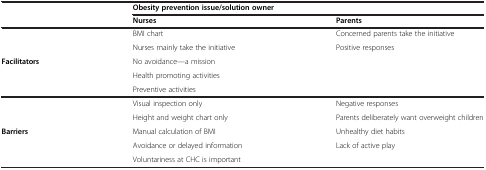
<table><thead><tr><td><b> </b></td><td colspan="2"><b>Obesity prevention issue/solution owner</b></td></tr><tr><td><b> </b></td><td><b>Nurses</b></td><td><b>Parents</b></td></tr></thead><tbody><tr><td rowspan="2"> </td><td>BMI chart</td><td>Concerned parents take the initiative</td></tr><tr><td>Nurses mainly take the initiative</td><td>Positive responses</td></tr><tr><td><b>Facilitators</b></td><td>No avoidance—a mission</td><td> </td></tr><tr><td rowspan="2"> </td><td>Health promoting activities</td><td> </td></tr><tr><td>Preventive activities</td><td> </td></tr><tr><td rowspan="2"> </td><td>Visual inspection only</td><td>Negative responses</td></tr><tr><td>Height and weight chart only</td><td>Parents deliberately want overweight children</td></tr><tr><td><b>Barriers</b></td><td>Manual calculation of BMI</td><td>Unhealthy diet habits</td></tr><tr><td rowspan="2"> </td><td>Avoidance or delayed information</td><td>Lack of active play</td></tr><tr><td>Voluntariness at CHC is important</td><td> </td></tr></tbody></table>